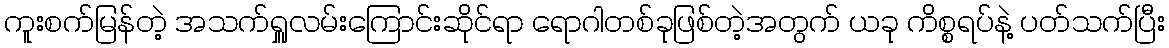
ကူးစက်မြန်တဲ့ အသက်ရှူလမ်းကြောင်းဆိုင်ရာ ရောဂါတစ်ခုဖြစ်တဲ့အတွက် ယခု ကိစ္စရပ်နဲ့ ပတ်သက်ပြီး